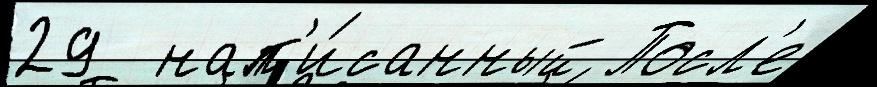
29  нап'и́санный Посл'е